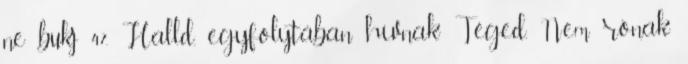
ne bukj 47. Halld, egyfolytában hívnak Téged, Nem rónak